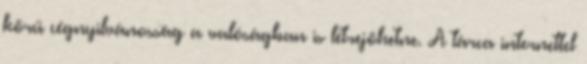
körű cégnyilvánosság a valóságban is létrejöhetne. A tárca internettel